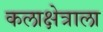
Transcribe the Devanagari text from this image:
कलाक्षेत्राला